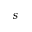
s